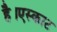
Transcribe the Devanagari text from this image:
है।एस्काट